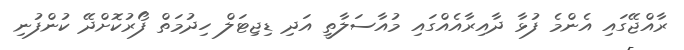
ރާއްޖޭގައި އެންމެ ފުޅާ ދާއިރާއެއްގައި މުއާސަލާތީ އަދި ޑިޖިޓަލް ހިދުމަތް ފޯރުކޮށްދޭ ކުންފުނި